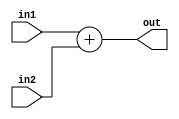
module add (out, in1, in2);
	input [15:0] in1, in2;
	output reg [15:0] out;
	always @(*)
		out = in1 + in2;
endmodule